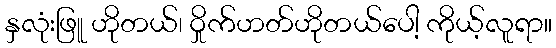
နှလုံးဖြူ ဟိုတယ်၊ ဝှိုက်ဟတ်ဟိုတယ်ပေါ့ ကိုယ့်လူရာ။